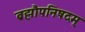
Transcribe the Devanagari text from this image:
ब्रह्मौपनिषदम्